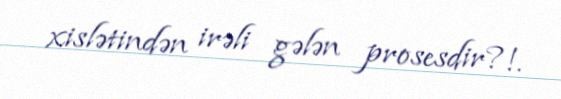
xislətindən irəli gələn prosesdir?!.